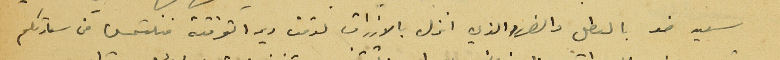
سعيد ضو بالعطل والضرر الذي انزل بالازراق لوقف دير القرقفة فنلتمس من سعادتكم